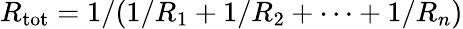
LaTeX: R_{\mathrm{tot}}=1/(1/R_{1}+1/R_{2}+\cdots+1/R_{n})